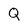
Character: Q